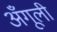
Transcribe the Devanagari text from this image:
अँगूली